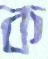
ক